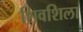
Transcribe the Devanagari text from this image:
शिवशिला